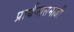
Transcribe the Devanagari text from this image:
प्रार्थनासमाजी